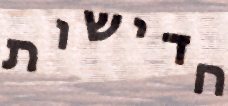
חדישות